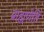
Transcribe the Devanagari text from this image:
ब्राह्मणेति